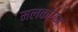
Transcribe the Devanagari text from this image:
मलकोंगम्